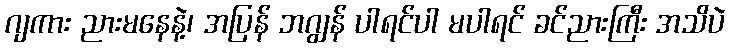
ဂျကား ညားမနေနဲ့၊ အပြန် ဘဂျွန် ပါရင်ပါ မပါရင် ခင်ညားကြီး အသိပဲ